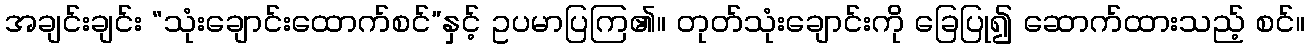
အချင်းချင်း “သုံးချောင်းထောက်စင်”နှင့် ဥပမာပြကြ၏။ တုတ်သုံးချောင်းကို ခြေပြု၍ ဆောက်ထားသည့် စင်။